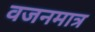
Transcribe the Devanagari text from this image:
वजनमात्र